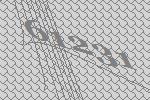
61231